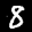
Label: 8